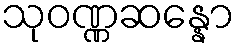
သုဝဏ္ဏဆန္နော